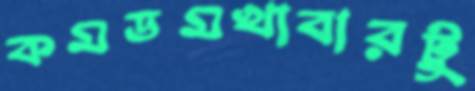
কমডমখাবারটু